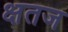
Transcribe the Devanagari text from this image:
क्षतज